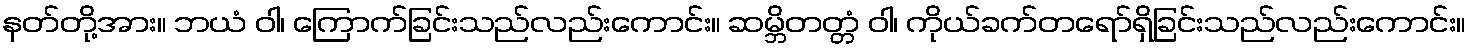
နတ်တို့အား။ ဘယံ ဝါ၊ ကြောက်ခြင်းသည်လည်းကောင်း။ ဆမ္ဘိတတ္တံ ဝါ၊ ကိုယ်ခက်တရော်ရှိခြင်းသည်လည်းကောင်း။